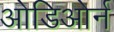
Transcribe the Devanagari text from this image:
ओडिओर्न